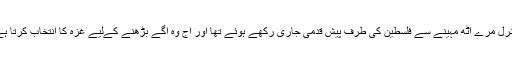
جنرل مرے آٹھ مہینے سے فلسطین کی طرف پیش قدمی جاری رکھے ہوئے تھا اور آج وہ آگے بڑھنے کےلیے غزہ کا انتخاب کرتا ہے۔